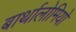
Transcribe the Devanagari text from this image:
बार्थालोमियो